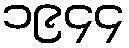
၁၉၄၄